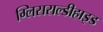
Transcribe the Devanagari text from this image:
ग्लिसराल्डीहाइड